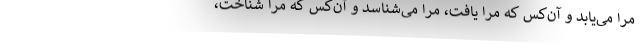
مرا می‌یابد و آن‌کس که مرا یافت، مرا می‌شناسد و آن‌کس که مرا شناخت،